Vaccination in Bombay 1924-1928 - 1924-1928
Year: 1924
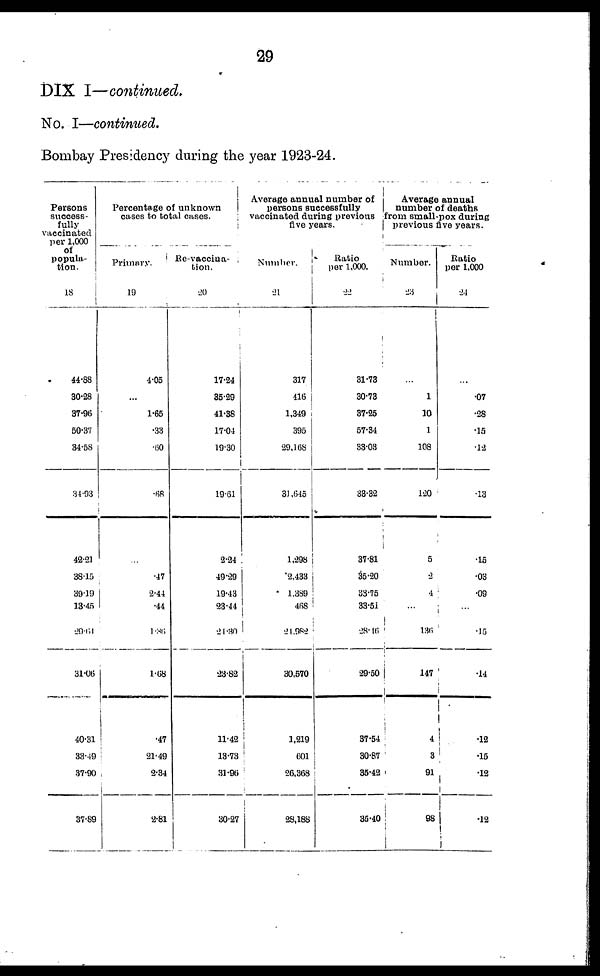
29
DIX I—continued.
No. I—continued.
Bombay Presidency during the year 1923-24.
Persons
success-
fully
vaccinated
per 1,000
of
popula-
tion.
18
44.88
30.28
37.96
50.37
34.58
34.93
42.21
38.15
39.19
13.45
29.64
31.06
40.31
33.49
37.90
37.89
Percentage of unknown
cases to total cases.
Primary.
19
4.05
...
1.65
.33
.60
.68
...
.47
2.44
.44
1.36
1.68
. 47
21.49
2.34
2.81
Re-vaccina-
tion.
20
17.24
35.29
41.38
17.04
19.30
19.61
2.24
49.29
19.43
23.44
24.30
23.82
11.42
13.73
31.96
30.27
Average annual number of
persons successfully
vaccinated during previous
five years.
Number.
21
317
416
1,349
395
29,168
31,645
1,298
2,433
1,389
468
21.982
30,570
1,219
601
26,368
28,188
Ratio
per 1,000.
22
31.73
30.73
37.25
57.34
33.03
33.32
37.81
35.20
33.75
33.51
28.16
29.50
37.54
30.87
35.42
35.40
Average annual
number of deaths
from small-pox during
previous five years.
Number.
23
...
1
10
1
108
120
5
2
4
...
136
147
4
3
91
98
Ratio
per 1,000
24
...
.07
.28
.15
.12
.13
.15
.03
.09
...
.15
.14
.12
.15
.12
.12